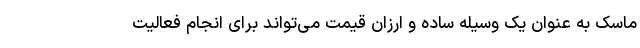
ماسک به عنوان یک وسیله ساده و ارزان قیمت می‌تواند برای انجام فعالیت